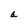
Character: a